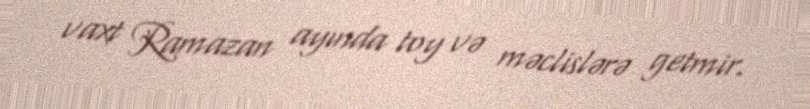
vaxt Ramazan ayında toy və məclislərə getmir.